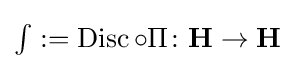
\textstyle \int :=\operatorname {Disc} \circ \Pi \colon \mathbf {H} \rightarrow \mathbf {H}